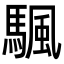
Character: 颿